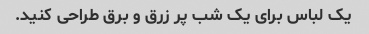
یک لباس برای یک شب پر زرق و برق طراحی کنید.